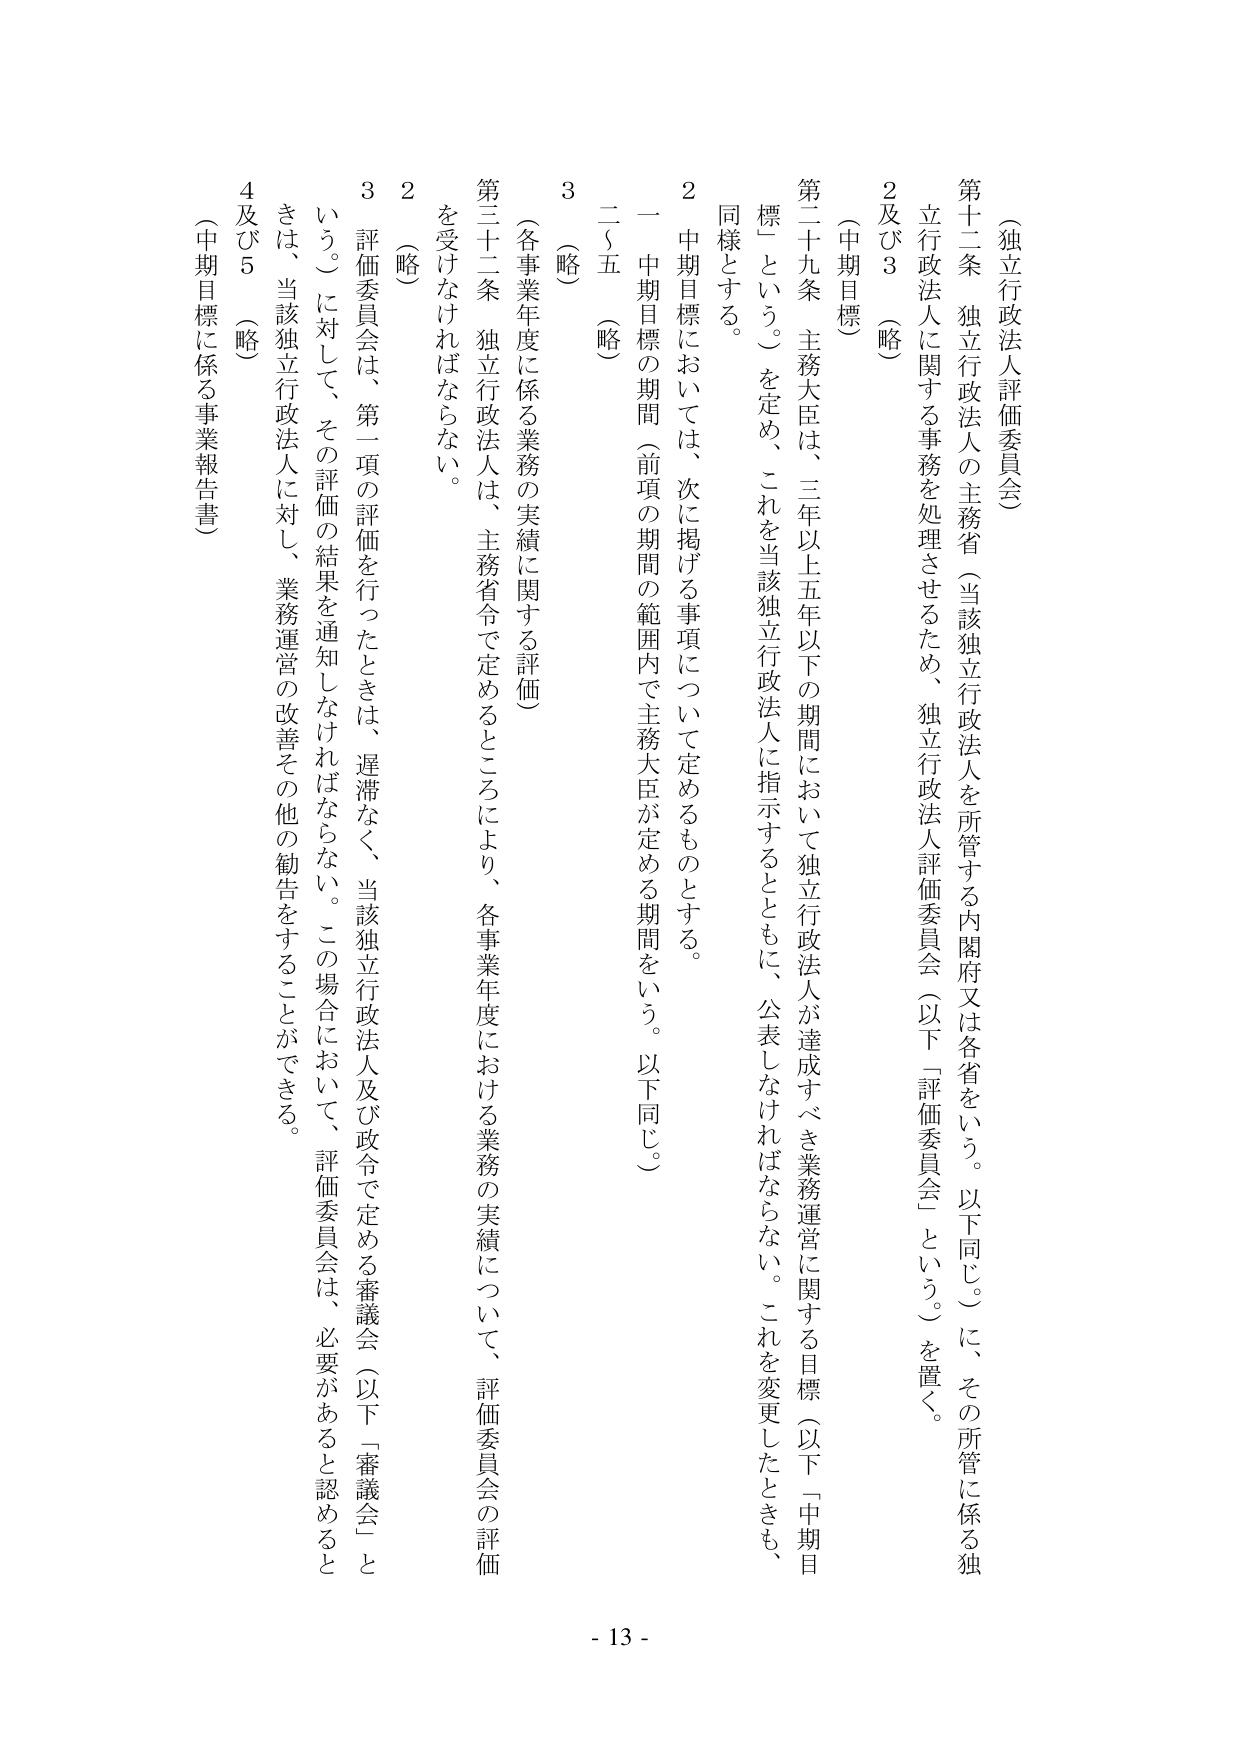
（独立行政法人評価委員会）

第十二条 独立行政法人の主務省（当該独立行政法人を所管する内閣府又は各省をいう。以下同じ。）に、その所管に係る独立行政法人に関する事務を処理させるため、独立行政法人評価委員会（以下「評価委員会」という。）を置く。

２及び３（略）

（中期目標）

第二十九条 主務大臣は、三年以上五年以下の期間において独立行政法人が達成すべき業務運営に関する目標（以下「中期目標」という。）を定め、これを当該独立行政法人に指示するとともに、公表しなければならない。これを変更したときも、同様とする。

２ 中期目標においては、次に掲げる事項について定めるものとする。

一 中期目標の期間（前項の期間の範囲内で主務大臣が定める期間をいう。以下同じ。）

二〜五（略）

３（略）

（各事業年度に係る業務の実績に関する評価）

第三十二条 独立行政法人は、主務省令で定めるところにより、各事業年度における業務の実績について、評価委員会の評価を受けなければならない。

２（略）

３ 評価委員会は、第一項の評価を行ったときは、遅滞なく、当該独立行政法人及び政令で定める審議会（以下「審議会」という。）に対して、その評価の結果を通知しなければならない。この場合において、評価委員会は、必要があると認めるときは、当該独立行政法人に対し、業務運営の改善その他の勧告をすることができる。

４及び５（略）

（中期目標に係る事業報告書）

- 13 -